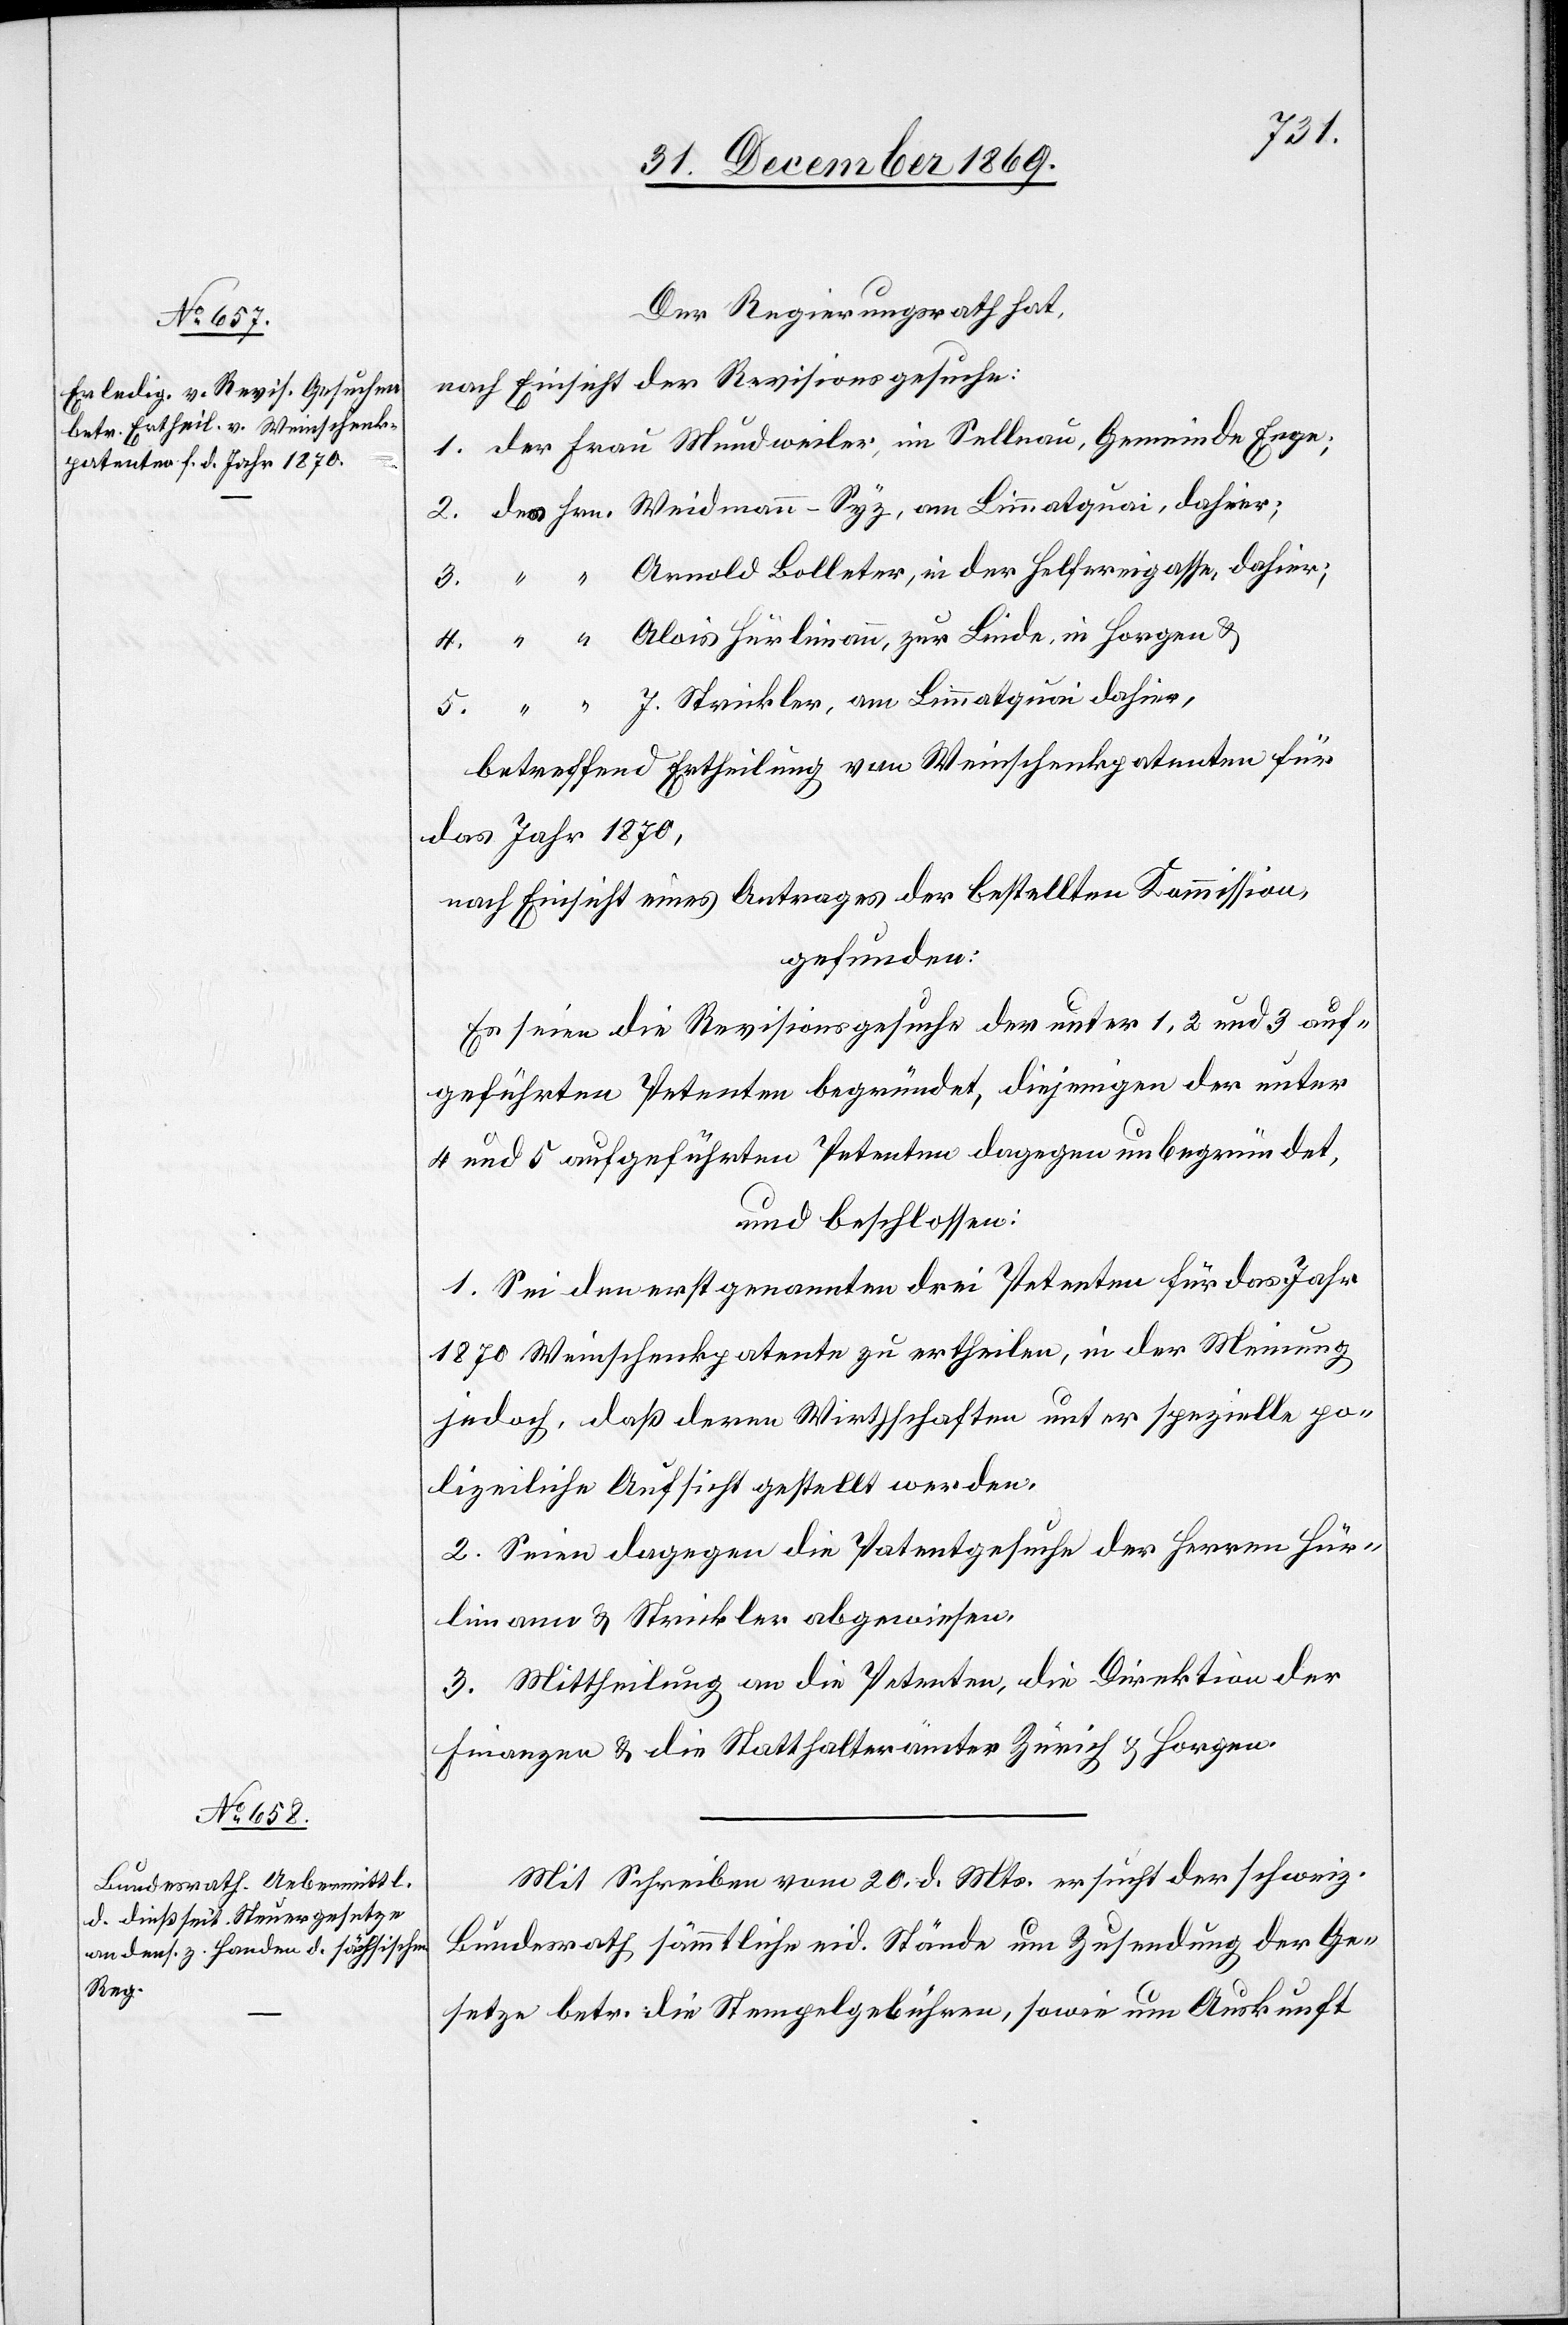
Der Regierungsrath hat,
nach Einsicht der Revisionsgesuche:
1. der Frau Mundweiler, im Sellnau, Gemeinde Enge;
2. des Hrn. Weidmann-Syz, am Limmatquai, dahier;
3. “ “ Arnold Bolleter, in der Helfereigasse, dahier;
4. “ “ Alois Hürlimann, zur Linde, in Horgen &
5. “ “ J. Strickler, am Limmatquai dahier,
betreffend Ertheilung von Weinschenkpatenten für
das Jahr 1870,
nach Einsicht eines Antrages der bestellten Kommission,
gefunden:
Es seien die Revisionsgesuche der unter 1, 2 und 3 auf¬
geführten Petenten begründet, diejenigen der unter
4 und 5 aufgeführten Petenten dagegen unbegründet,
und beschlossen:
1. Sei[en] den erstgenannten drei Petenten für das Jahr
1870 Weinschenkpatente zu ertheilen, in der Meinung
jedoch, daß deren Wirthschaften unter spezielle po¬
lizeiliche Aufsicht gestellt werden.
2. Seien dagegen die Patentgesuche der Herren Hür¬
limann & Strickler abgewiesen.
3. Mittheilung an die Petenten, die Direktion der
Finanzen & die Statthalterämter Zürich & Horgen.
Mit Schreiben vom 20. d. Mts. ersucht der schweiz.
Bundesrath sämmtliche eid. Stände um Zusendung der Ge¬
setze betr. die Stempelgebühren, sowie um Auskunft